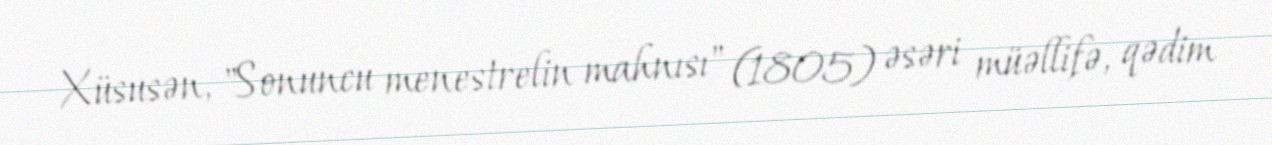
Xüsusən, "Sonuncu menestrelin mahnısı" (1805) əsəri müəllifə, qədim